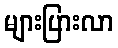
များပြားလာ